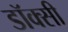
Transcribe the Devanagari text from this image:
डॉक्सी